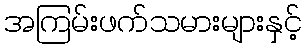
အကြမ်းဖက်သမားများနှင့်